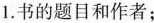
1.书的题目和作者；